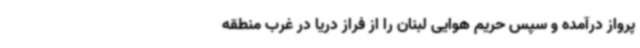
پرواز درآمده و سپس حریم هوایی لبنان را از فراز دریا در غرب منطقه